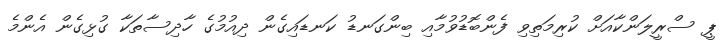
ޕީ ސްރީލަންކާއަށް ކުރިމަތިވި ފެންބޮޑުވުމާއި ބިންގަނޑު ކަނޑައިގެން ދިއުމުގެ ހާދިސާތަކާ ގުޅިގެން އެންމެ